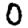
Digit: 0